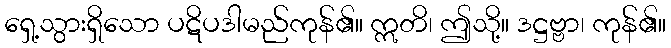
ရှေ့သွားရှိသော ပဋိပဒါမည်ကုန်၏။ ဣတိ၊ ဤသို့။ ဒဋ္ဌဗ္ဗာ၊ ကုန်၏။